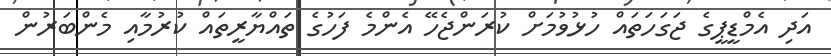
އަދި އެމްޑީޕީގެ ޖަގަހަތައް ހުޅުވުމަށް ކުރަންޖެހޭ އެންމެ ފަހުގެ ތައްޔާރީތައް ކުރުމާއި މެންބަރުން